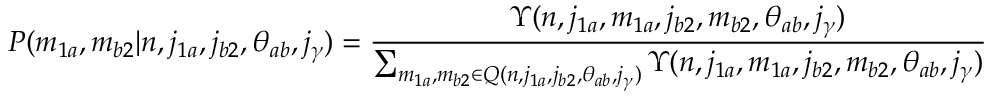
P ( m _ { 1 a } , m _ { b 2 } | n , j _ { 1 a } , j _ { b 2 } , \theta _ { a b } , j _ { \gamma } ) = \frac { \Upsilon ( n , j _ { 1 a } , m _ { 1 a } , j _ { b 2 } , m _ { b 2 } , \theta _ { a b } , j _ { \gamma } ) } { \sum _ { m _ { 1 a } , m _ { b 2 } \in Q ( n , j _ { 1 a } , j _ { b 2 } , \theta _ { a b } , j _ { \gamma } ) } \Upsilon ( n , j _ { 1 a } , m _ { 1 a } , j _ { b 2 } , m _ { b 2 } , \theta _ { a b } , j _ { \gamma } ) }